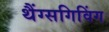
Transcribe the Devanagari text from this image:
थैंग्सगिविंग